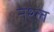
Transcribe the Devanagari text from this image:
नश्ल